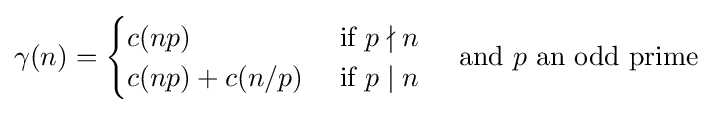
\gamma (n)={\begin{cases}c(np)&{\text{ if }}p\nmid n\\c(np)+c(n/p)&{\text{ if }}p\mid n\end{cases}}\quad {\text{ and }}p{\text{ an odd prime}}